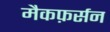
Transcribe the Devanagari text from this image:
मैकफ़र्सन